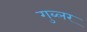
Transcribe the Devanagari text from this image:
गुब्लर